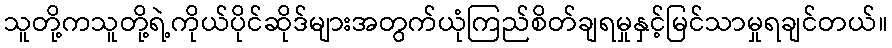
သူတို့ကသူတို့ရဲ့ကိုယ်ပိုင်ဆိုဒ်များအတွက်ယုံကြည်စိတ်ချရမှုနှင့်မြင်သာမှုရချင်တယ်။